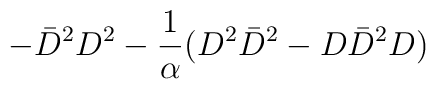
- \bar{D}^2 D^2 - {1 \over \alpha}  (D^2 \bar{D}^2 - D \bar{D}^2 D )